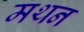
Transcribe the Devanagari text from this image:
मथन